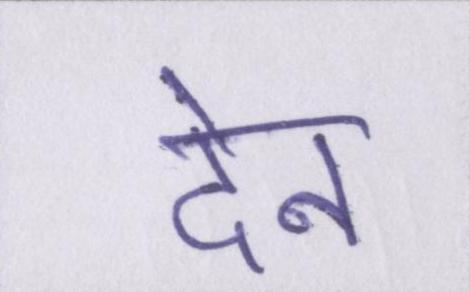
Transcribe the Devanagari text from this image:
देन